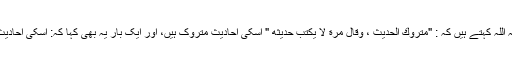
-امام نسائی رحمہ اللہ کہتے ہیں کہ : "متروك الحديث ، وقال مرة لا يكتب حديثه " اسکی احادیث متروک ہیں، اور ایک بار یہ بھی کہا کہ: اسکی احادیث نہ لکھی جائیں۔